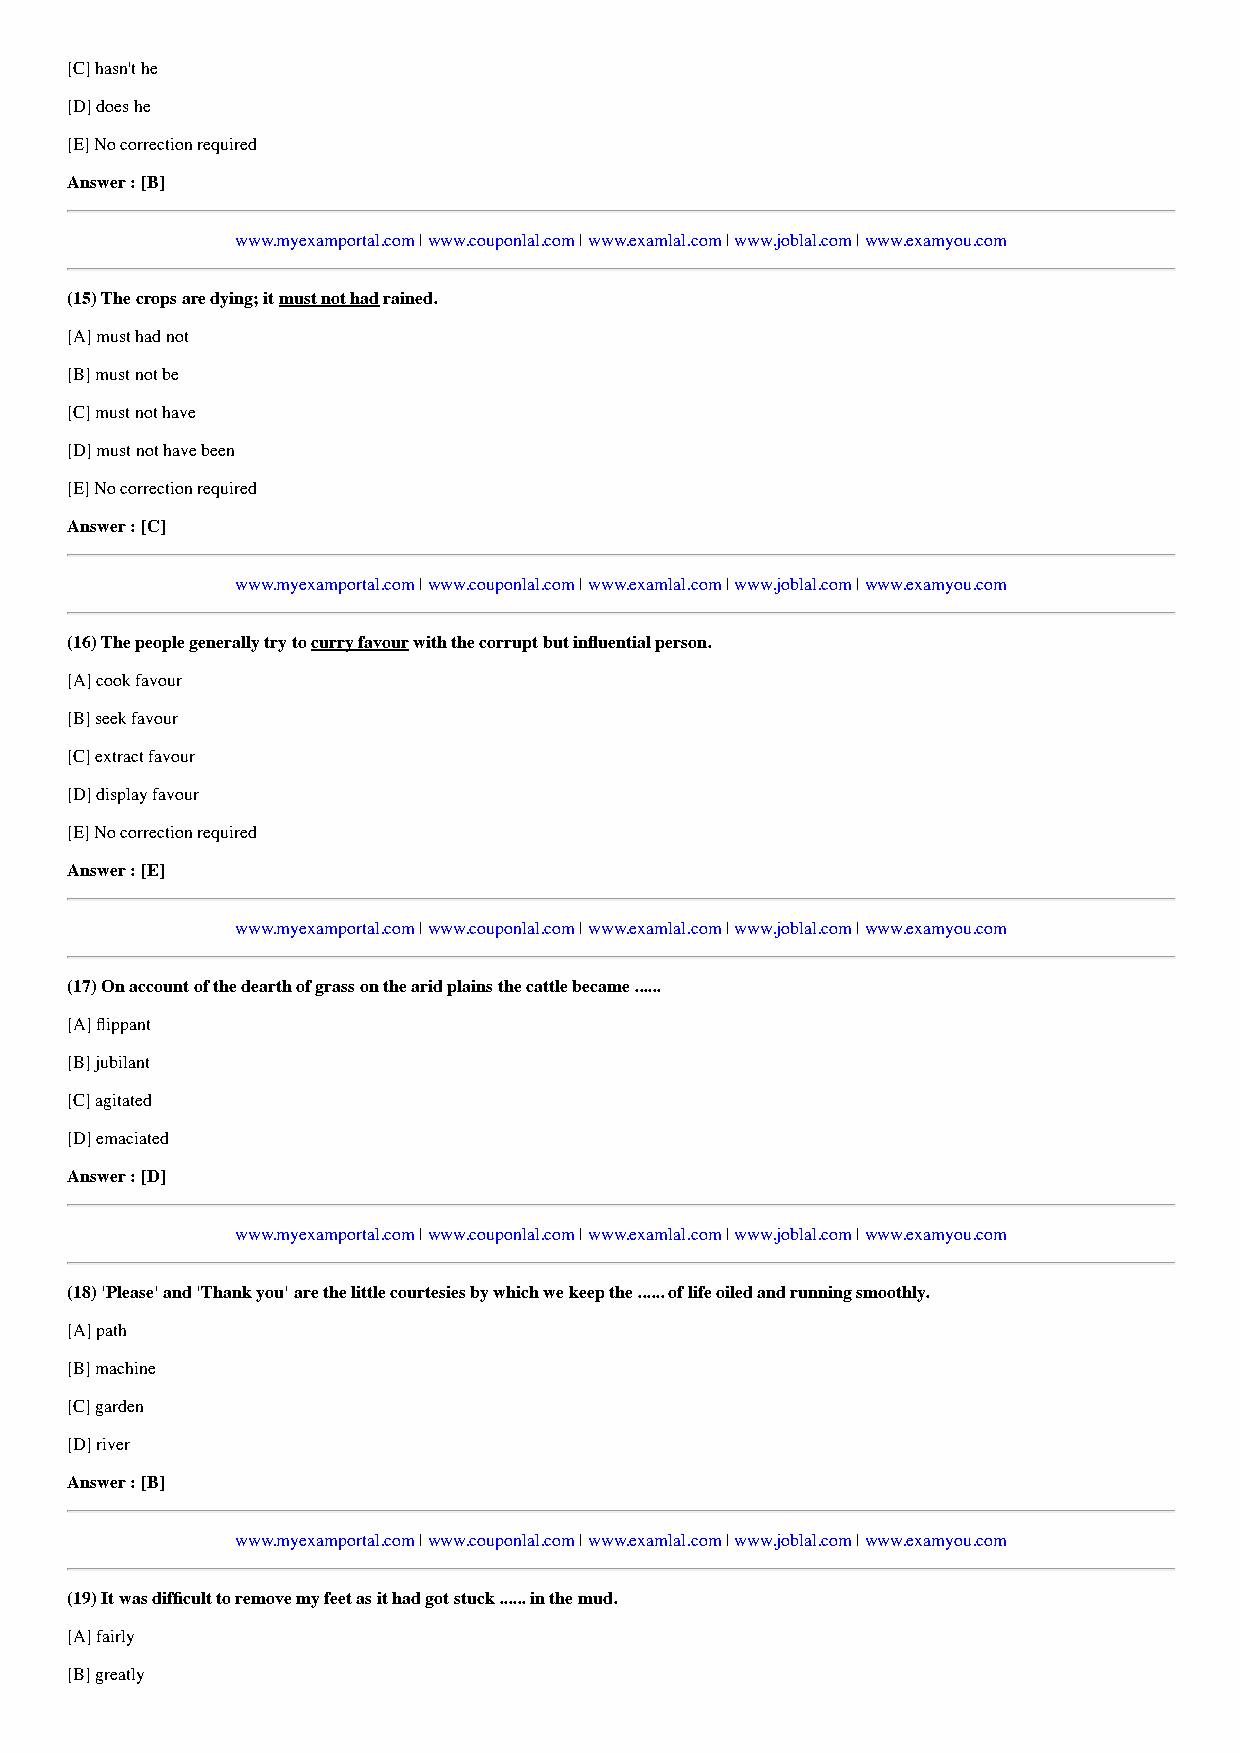
[C] hasn't he
 [D] does he
 [E] No correction required
 Answer : [B]
 www.myexamportal.com | www.couponlal.com | www.examlal.com | www.joblal.com | www.examyou.com
 (15) The crops are dying; it must not had rained.
 [A] must had not
 [B] must not be
 [C] must not have
 [D] must not have been
 [E] No correction required
 Answer : [C]
 www.myexamportal.com | www.couponlal.com | www.examlal.com | www.joblal.com | www.examyou.com
 (16) The people generally try to curry favour with the corrupt but influential person.
 [A] cook favour
 [B] seek favour
 [C] extract favour
 [D] display favour
 [E] No correction required
 Answer : [E]
 www.myexamportal.com | www.couponlal.com | www.examlal.com | www.joblal.com | www.examyou.com
 (17) On account of the dearth of grass on the arid plains the cattle became ......
 [A] flippant
 [B] jubilant
 [C] agitated
 [D] emaciated
 Answer : [D]
 www.myexamportal.com | www.couponlal.com | www.examlal.com | www.joblal.com | www.examyou.com
 (18) 'Please' and 'Thank you' are the little courtesies by which we keep the ...... of life oiled and running smoothly.
 [A] path
 [B] machine
 [C] garden
 [D] river
 Answer : [B]
 www.myexamportal.com | www.couponlal.com | www.examlal.com | www.joblal.com | www.examyou.com
 (19) It was difficult to remove my feet as it had got stuck ...... in the mud.
 [A] fairly
 [B] greatly